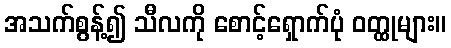
အသက်စွန့်၍ သီလကို စောင့်ရှောက်ပုံ ဝတ္ထုများ။